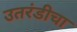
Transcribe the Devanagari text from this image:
उतरंडीचा